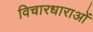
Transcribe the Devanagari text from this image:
विचारधाराओंं